NAE_kihelkonnakohtute_kirjad_ja_protokollid_1869-1889, lk 3
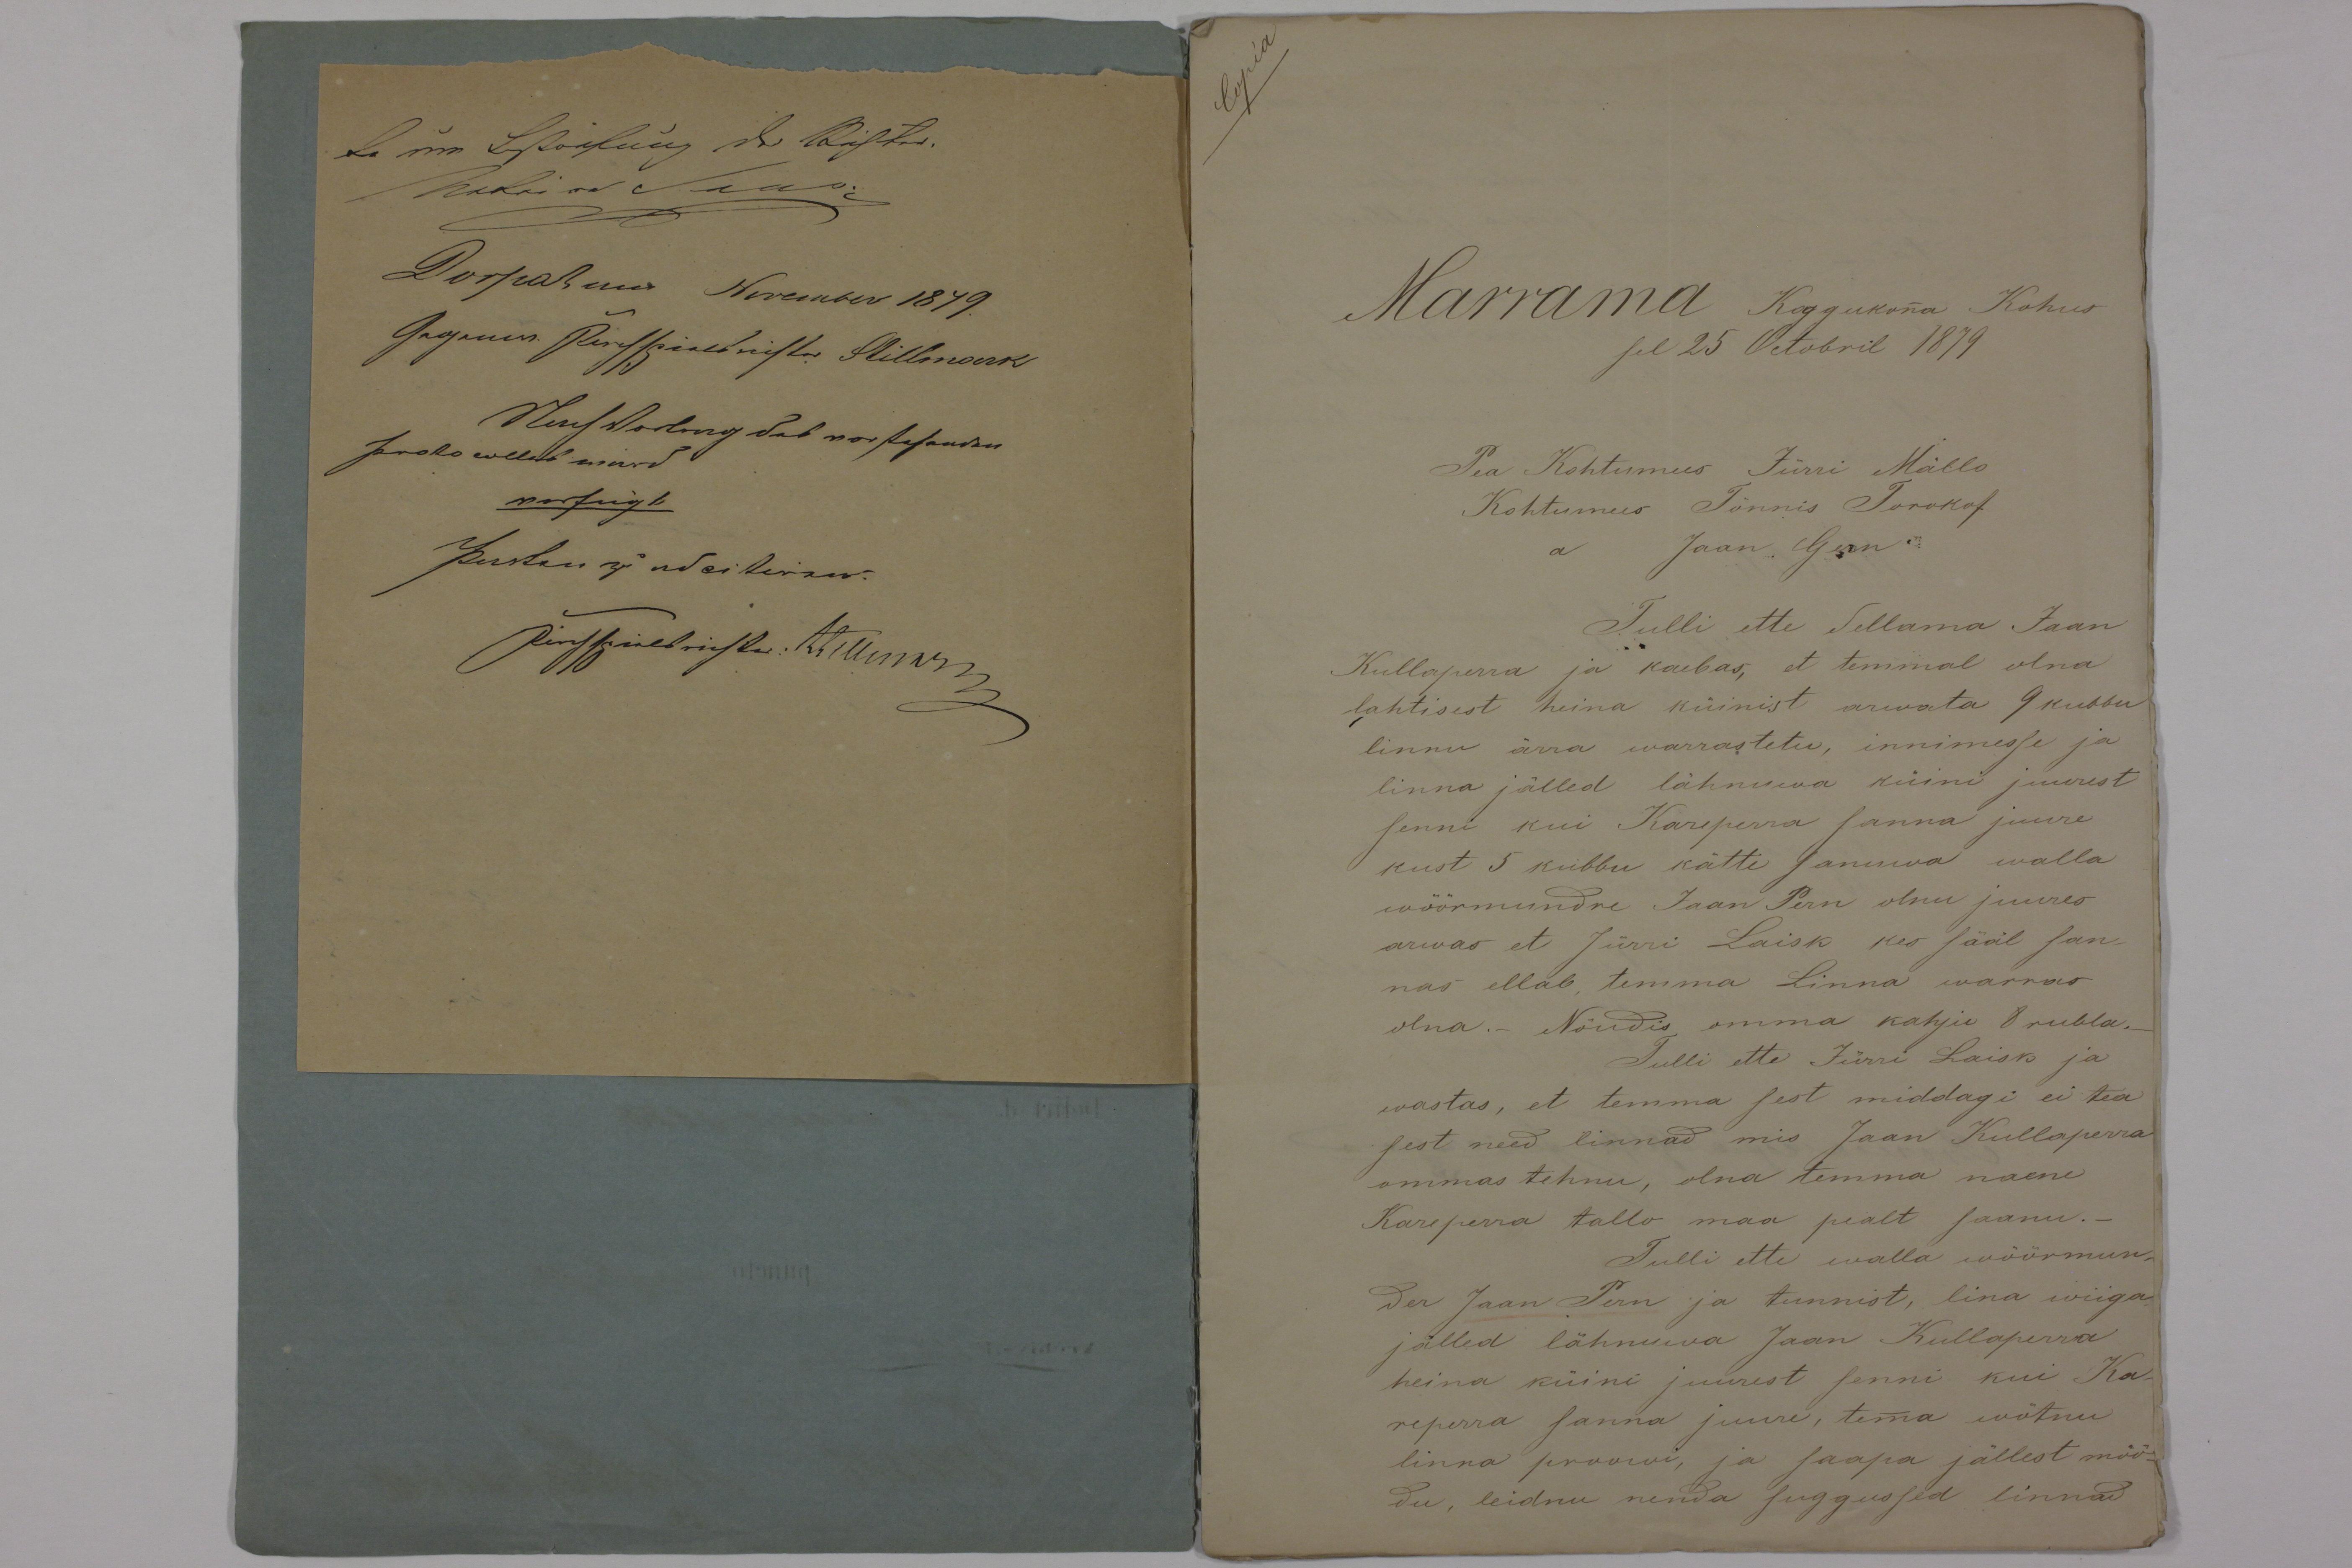
Marrama Koggukonna Kohus
sel 25 Octobril 1879
Pea Kohtumees Jürri Mällo
Tulli ette Sellama Jaan
Kullaperra ja kaebas, et temmal olna
lahtisest heina küinist arwata 9 kubbu
linnu ärra warrastetu, innimesse ja
linna jälled lähnuwa küind juurest
senni kui Kareperra sanna juure
kust 5 kubbu kätte sanuwa walla
wöörmundre Jaan Pern olnu juures
arwas et Jürri Laisk kes sääl san-
nas ellab, temma Linna warnas
olna. Nõudis omma kahju 8 rubla.
Tulli ette Jürri Laisk ja
wastas, et temma sest middagi ei tea
sest need linnad mis Jaan Kullaperra
ommas tehnu, olna temma naene
Kareperra tallo maa pealt saanu.-
Tulli ette walla wõõrmun-
der Jaan Pern ja tunnist, lina wiiga
jälled lähnuwa Jaan Kullaperra
heina küini juurest senni kui Ka-
reperra sanna juure, temma wõtnu
linna proowi, ja saapa jällest möö-
du, leidnu nenda suggussed linnad